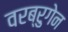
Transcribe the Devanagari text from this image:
वरब्रुगेन